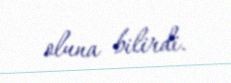
oluna bilirdi.